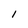
Character: I